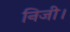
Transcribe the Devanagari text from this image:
निजी।